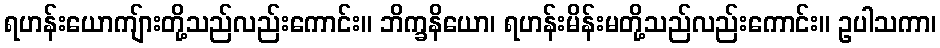
ရဟန်းယောကျ်ားတို့သည်လည်းကောင်း။ ဘိက္ခနိယော၊ ရဟန်းမိန်းမတို့သည်လည်းကောင်း။ ဥပါသကာ၊